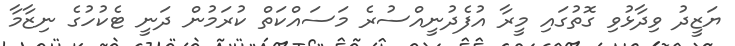
ޔަޒީދު ވިދާޅުވި ގޮތުގައި މީރާ އުފެދުނީއްސުރެ މަސައްކަތް ކުރަމުން ދަނީ ޓެކުހުގެ ނިޒާމާ